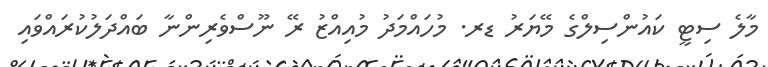
މާލެ ސިޓީ ކައުންސިލްގެ މޭޔަރު ޑރ. މުހައްމަދު މުއިއްޒު ރޭ ނޫސްވެރިންނާ ބައްދަލުކުރައްވައި